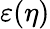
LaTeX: \varepsilon(\eta)